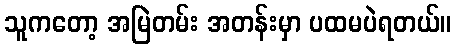
သူကတော့ အမြဲတမ်း အတန်းမှာ ပထမပဲရတယ်။